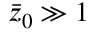
\Bar { z } _ { 0 } \gg 1